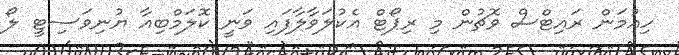
ހިއުމަން ރައިޓްސް ވޮޗުން މި ރިޕޯޓް އެކުލަވާލާފައި ވަނީ ކޮލަމްބިއާ ޔުނިވަސިޓީ ލޯ